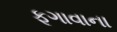
ફૂગાવાના